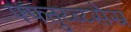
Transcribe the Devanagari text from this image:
फ्फ्त्तुय्ब्य्सेस्र